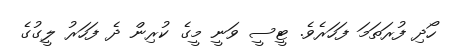
ހޯދި ފުރަތަމަ ފަހަރެވެ. ޓީސީ ވަނީ މީގެ ކުރިން ދެ ފަހަރު ލީގުގެ